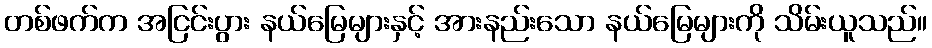
တစ်ဖက်က အငြင်းပွား နယ်မြေများနှင့် အားနည်းသော နယ်မြေများကို သိမ်းယူသည်။